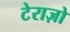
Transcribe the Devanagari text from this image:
टेराज़ो